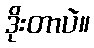
ဒိုးတာပဲ။